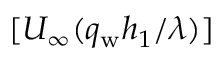
[ U _ { \infty } ( q _ { \mathrm { w } } h _ { 1 } / \lambda ) ]